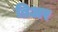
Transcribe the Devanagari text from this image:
ब्रिअर